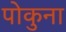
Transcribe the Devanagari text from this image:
पोकुना